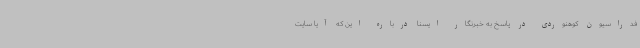
فدراسیون کوهنوردی در پاسخ به خبرنگار ایسنا درباره این که آیا سایت